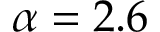
\alpha = 2 . 6